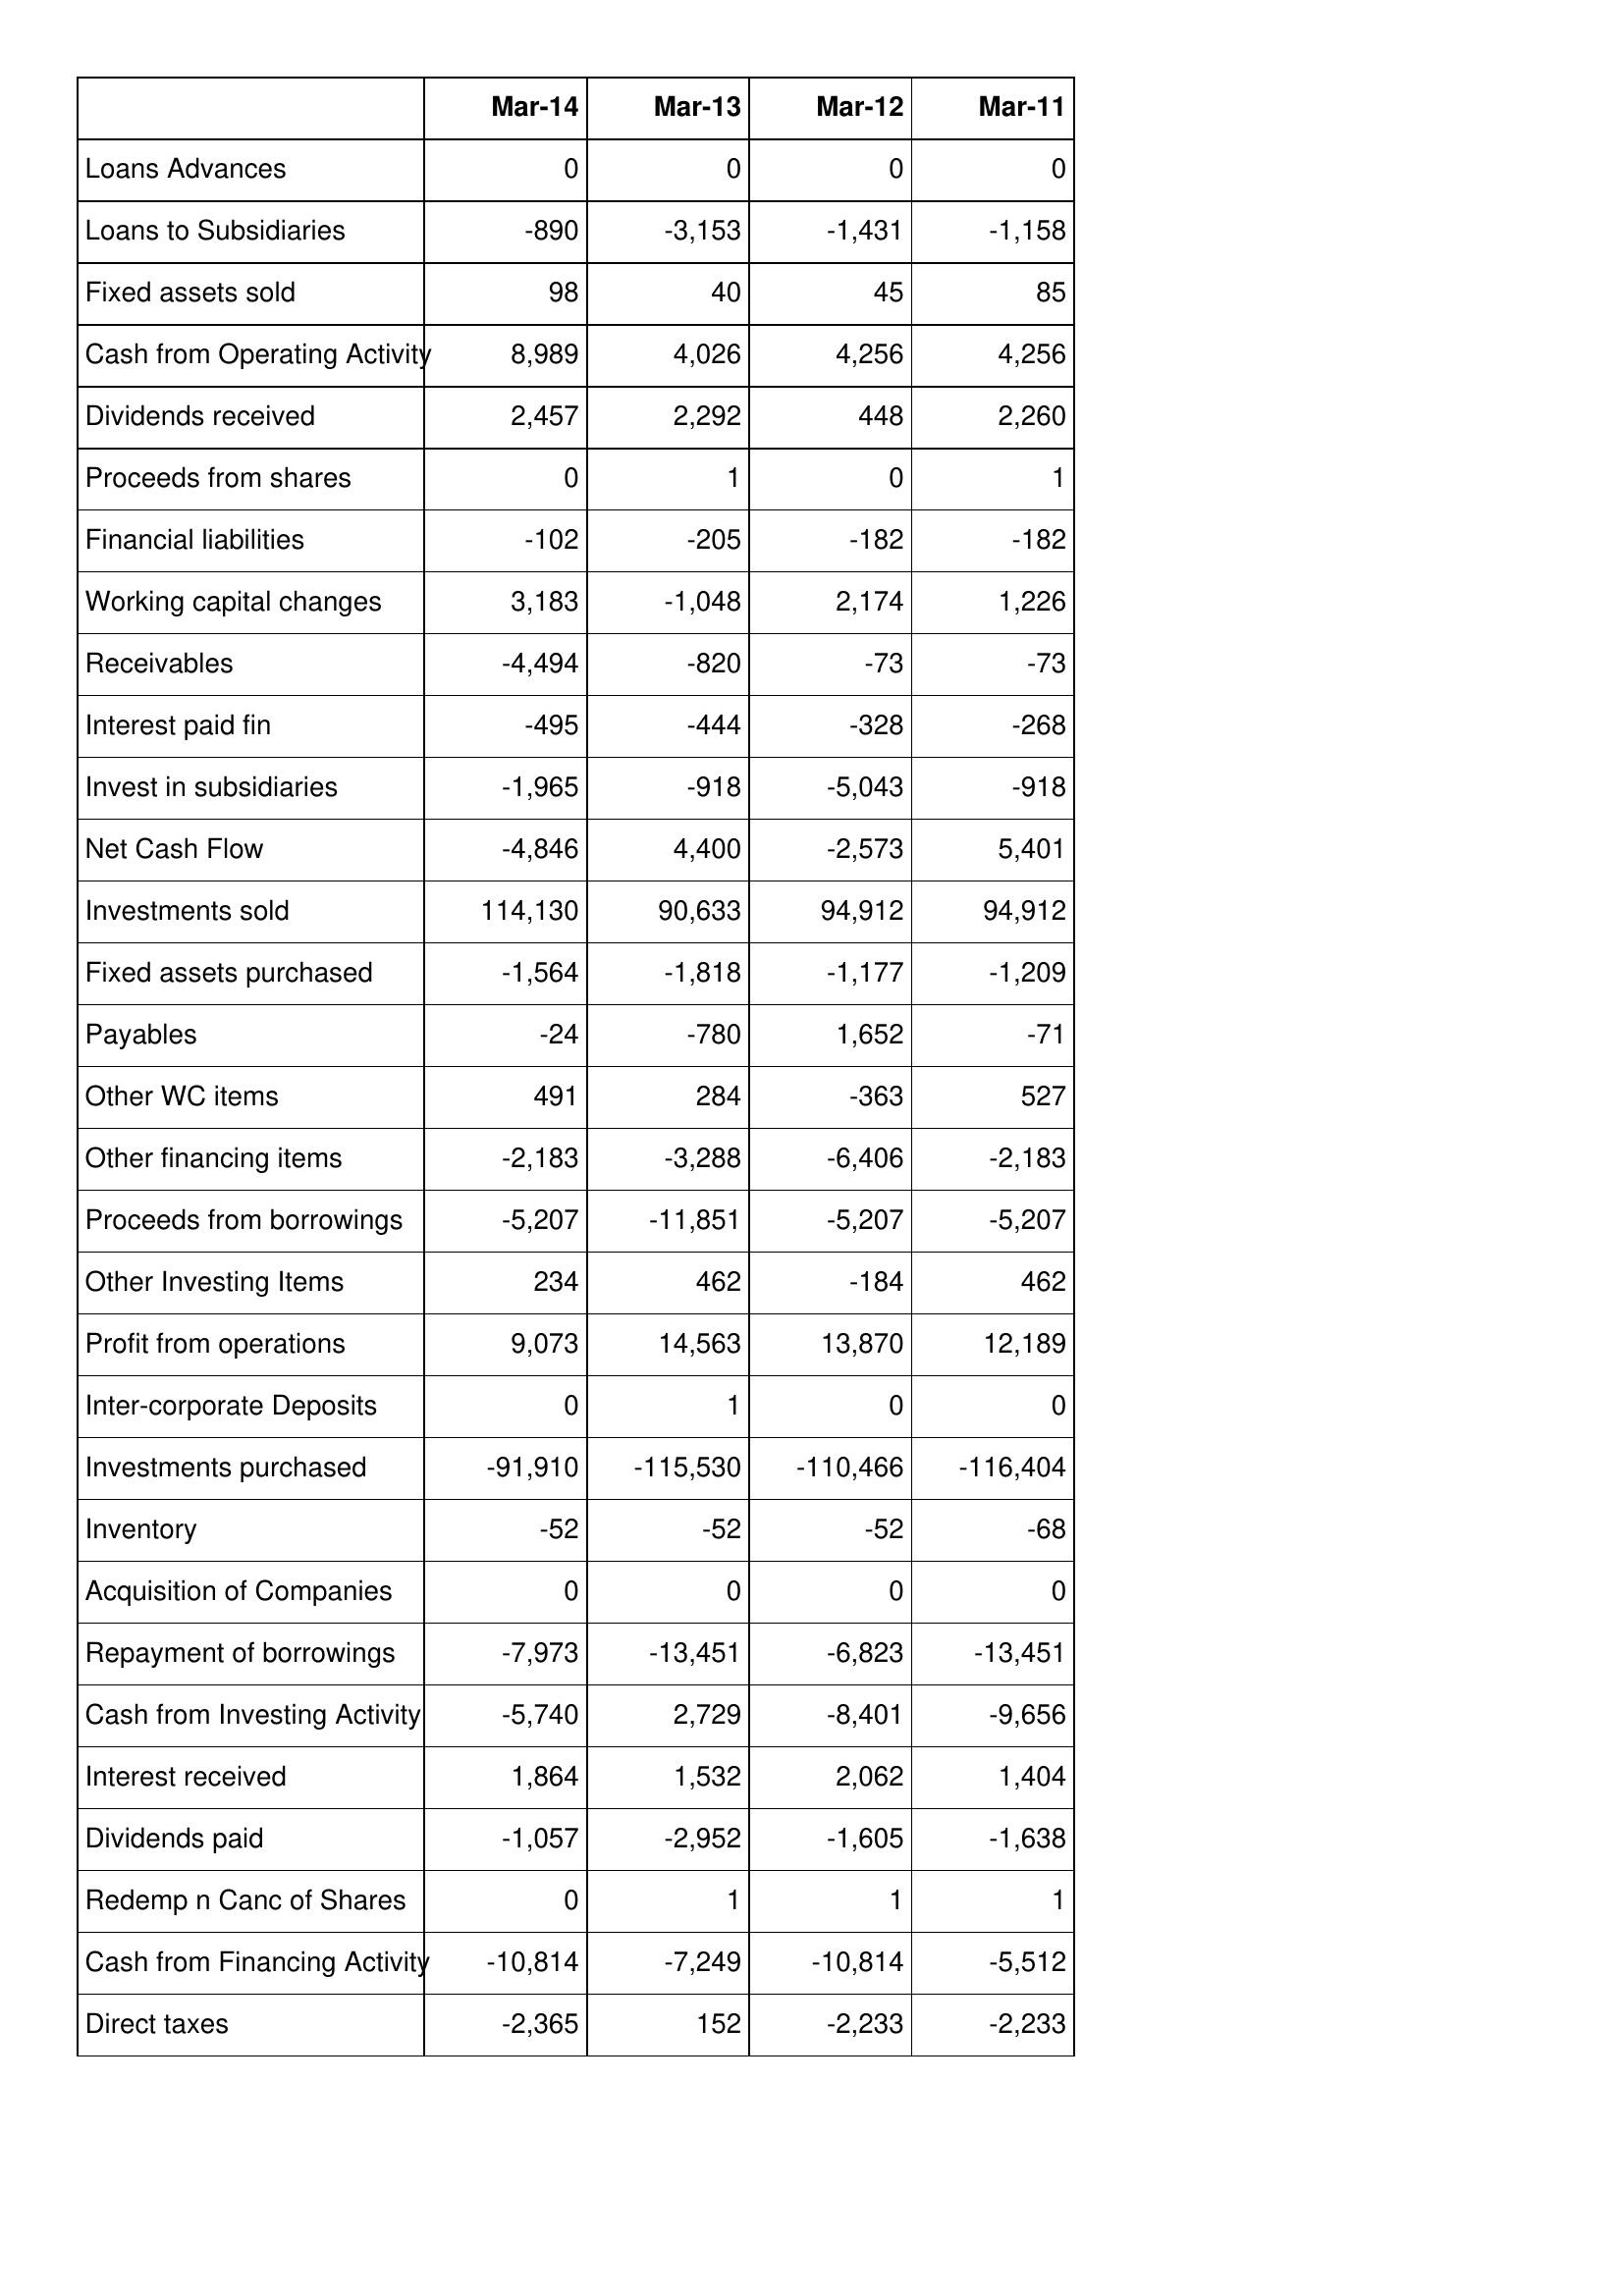
Mar-14: Cash Flows: Loans Advances: 0
Loans to Subsidiaries: -890
Fixed assets sold: 98
Cash from Operating Activity: 8,989
Dividends received: 2,457
Proceeds from shares: 0
Financial liabilities: -102
Working capital changes: 3,183
Receivables: -4,494
Interest paid fin: -495
Invest in subsidiaries: -1,965
Net Cash Flow: -4,846
Investments sold: 114,130
Fixed assets purchased: -1,564
Payables: -24
Other WC items: 491
Other financing items: -2,183
Proceeds from borrowings: -5,207
Other Investing Items: 234
Profit from operations: 9,073
Inter-corporate Deposits: 0
Investments purchased: -91,910
Inventory: -52
Acquisition of Companies: 0
Repayment of borrowings: -7,973
Cash from Investing Activity: -5,740
Interest received: 1,864
Dividends paid: -1,057
Redemp n Canc of Shares: 0
Cash from Financing Activity: -10,814
Direct taxes: -2,365
Mar-13: Cash Flows: Loans Advances: 0
Loans to Subsidiaries: -3,153
Fixed assets sold: 40
Cash from Operating Activity: 4,026
Dividends received: 2,292
Proceeds from shares: 1
Financial liabilities: -205
Working capital changes: -1,048
Receivables: -820
Interest paid fin: -444
Invest in subsidiaries: -918
Net Cash Flow: 4,400
Investments sold: 90,633
Fixed assets purchased: -1,818
Payables: -780
Other WC items: 284
Other financing items: -3,288
Proceeds from borrowings: -11,851
Other Investing Items: 462
Profit from operations: 14,563
Inter-corporate Deposits: 1
Investments purchased: -115,530
Inventory: -52
Acquisition of Companies: 0
Repayment of borrowings: -13,451
Cash from Investing Activity: 2,729
Interest received: 1,532
Dividends paid: -2,952
Redemp n Canc of Shares: 1
Cash from Financing Activity: -7,249
Direct taxes: 152
Mar-12: Cash Flows: Loans Advances: 0
Loans to Subsidiaries: -1,431
Fixed assets sold: 45
Cash from Operating Activity: 4,256
Dividends received: 448
Proceeds from shares: 0
Financial liabilities: -182
Working capital changes: 2,174
Receivables: -73
Interest paid fin: -328
Invest in subsidiaries: -5,043
Net Cash Flow: -2,573
Investments sold: 94,912
Fixed assets purchased: -1,177
Payables: 1,652
Other WC items: -363
Other financing items: -6,406
Proceeds from borrowings: -5,207
Other Investing Items: -184
Profit from operations: 13,870
Inter-corporate Deposits: 0
Investments purchased: -110,466
Inventory: -52
Acquisition of Companies: 0
Repayment of borrowings: -6,823
Cash from Investing Activity: -8,401
Interest received: 2,062
Dividends paid: -1,605
Redemp n Canc of Shares: 1
Cash from Financing Activity: -10,814
Direct taxes: -2,233
Mar-11: Cash Flows: Loans Advances: 0
Loans to Subsidiaries: -1,158
Fixed assets sold: 85
Cash from Operating Activity: 4,256
Dividends received: 2,260
Proceeds from shares: 1
Financial liabilities: -182
Working capital changes: 1,226
Receivables: -73
Interest paid fin: -268
Invest in subsidiaries: -918
Net Cash Flow: 5,401
Investments sold: 94,912
Fixed assets purchased: -1,209
Payables: -71
Other WC items: 527
Other financing items: -2,183
Proceeds from borrowings: -5,207
Other Investing Items: 462
Profit from operations: 12,189
Inter-corporate Deposits: 0
Investments purchased: -116,404
Inventory: -68
Acquisition of Companies: 0
Repayment of borrowings: -13,451
Cash from Investing Activity: -9,656
Interest received: 1,404
Dividends paid: -1,638
Redemp n Canc of Shares: 1
Cash from Financing Activity: -5,512
Direct taxes: -2,233